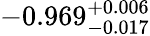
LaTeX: -0.969_{-0.017}^{+0.006}